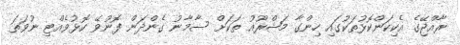
ރާއްޖޭގެ އެކިކަންކޮޅުތަކުގައި ހިންގާ މަޝްރޫއު ތަކަށް ސާމާނު ގެންދަން ފޮނުވޭ ކޮޅުވެއްޓި ނުވަތަ